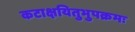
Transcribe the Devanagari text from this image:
कटाक्षयितुभुपक्रमः